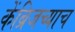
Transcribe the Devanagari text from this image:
केंब्रिजच्याच